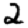
Digit: 2